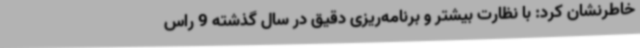
خاطرنشان کرد: با نظارت بیشتر و برنامه‌ریزی دقیق در سال گذشته 9 راس